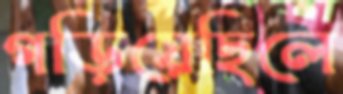
গড়িয়েছিলে